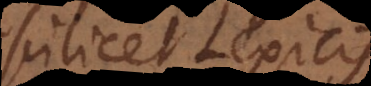
scilicet Lexicis